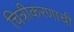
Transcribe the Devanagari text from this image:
चित्रीकरणाची